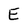
Character: E